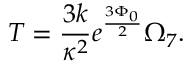
T = \frac { 3 k } { \kappa ^ { 2 } } e ^ { \frac { 3 \Phi _ { 0 } } { 2 } } \Omega _ { 7 } .